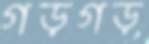
গড়গড়